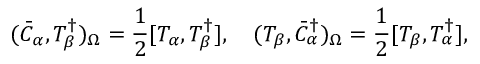
( \bar { C } _ { \alpha } , { \cal T } _ { \beta } ^ { \dagger } ) _ { \Omega } = \frac { 1 } { 2 } [ { \cal T } _ { \alpha } , { \cal T } _ { \beta } ^ { \dagger } ] , \quad ( { \cal T } _ { \beta } , \bar { C } _ { \alpha } ^ { \dagger } ) _ { \Omega } = \frac { 1 } { 2 } [ { \cal T } _ { \beta } , { \cal T } _ { \alpha } ^ { \dagger } ] ,